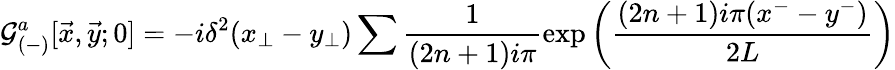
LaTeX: {\cal G}_{(-)}^{a}[{\vec{x}},{\vec{y}};0]=-i\delta^{2}(x_{\perp}-y_{\perp})\sum\frac{1}{(2n+1)i\pi}\exp\left(\frac{(2n+1)i\pi(x^{-}-y^{-})}{2L}\right)